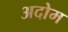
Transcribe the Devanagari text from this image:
अदोम